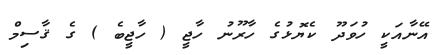
އޭނާއަކީ ހުވަދޫ ކެޔޮޅުގެ ހާރޫނު ހާޖީ ( ހާޖީބެ ) ގެ ޤާސިމް